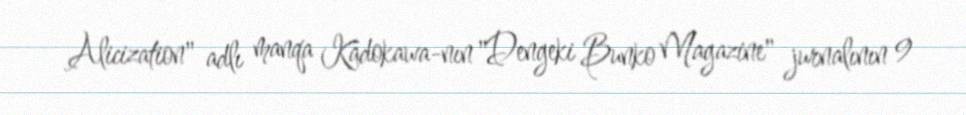
Alicization" adlı manqa Kadokawa-nın "Dengeki Bunko Magazine" jurnalının 9